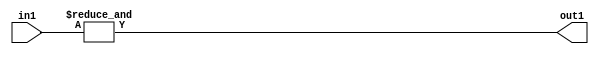
`timescale 1ps / 1ps
/*****************************************************************************
    Verilog RTL Description
    
    
    Created by: Stratus DpOpt 2019.1.01 
*******************************************************************************/

module st_feature_addr_gen_AndReduction_4S_1U_4_1 (
	in1,
	out1
	); /* architecture "behavioural" */ 
input [3:0] in1;
output  out1;
wire  asc001;

assign asc001 = 
	(&in1);

assign out1 = asc001;
endmodule

/* CADENCE  urb4Sgk= : u9/ySgnWtBlWxVPRXgAZ4Og= ** DO NOT EDIT THIS LINE ******/